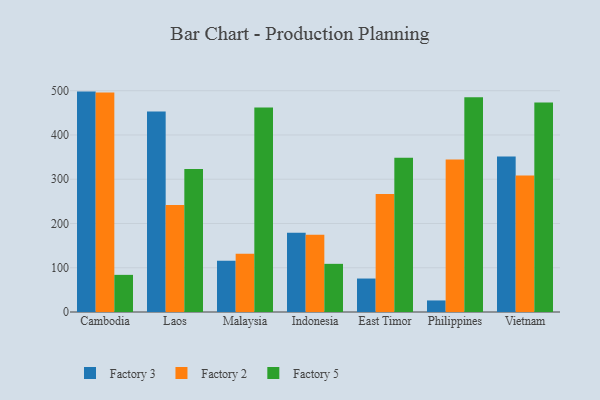
{"axis": {"x": "Country", "y": "Energy Usage (MWh)"}, "legend": ["Factory 2", "Factory 3", "Factory 5"], "data": [{"x": "Cambodia", "y": 498.0, "type": "Factory 3"}, {"x": "Cambodia", "y": 496.2, "type": "Factory 2"}, {"x": "Cambodia", "y": 83.9, "type": "Factory 5"}, {"x": "Laos", "y": 453.3, "type": "Factory 3"}, {"x": "Laos", "y": 241.7, "type": "Factory 2"}, {"x": "Laos", "y": 323.3, "type": "Factory 5"}, {"x": "Malaysia", "y": 115.9, "type": "Factory 3"}, {"x": "Malaysia", "y": 131.7, "type": "Factory 2"}, {"x": "Malaysia", "y": 462.3, "type": "Factory 5"}, {"x": "Indonesia", "y": 179.3, "type": "Factory 3"}, {"x": "Indonesia", "y": 174.4, "type": "Factory 2"}, {"x": "Indonesia", "y": 108.8, "type": "Factory 5"}, {"x": "East Timor", "y": 75.6, "type": "Factory 3"}, {"x": "East Timor", "y": 266.4, "type": "Factory 2"}, {"x": "East Timor", "y": 348.6, "type": "Factory 5"}, {"x": "Philippines", "y": 26.1, "type": "Factory 3"}, {"x": "Philippines", "y": 344.5, "type": "Factory 2"}, {"x": "Philippines", "y": 485.1, "type": "Factory 5"}, {"x": "Vietnam", "y": 351.1, "type": "Factory 3"}, {"x": "Vietnam", "y": 308.2, "type": "Factory 2"}, {"x": "Vietnam", "y": 473.6, "type": "Factory 5"}]}